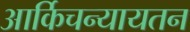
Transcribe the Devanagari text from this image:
आर्किचन्यायतन